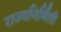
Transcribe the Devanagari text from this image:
राज्यनिर्मिती